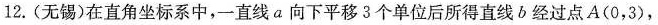
12.(无锡)在直角坐标系中，一直线a向下平移3个单位后所得直线b经过点A(0，3)，